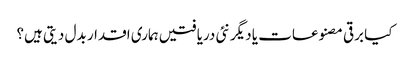
کیا برقی مصنوعات یا دیگر نئی دریافتیں ہماری اقدار بدل دیتی ہیں؟